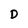
Character: D